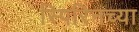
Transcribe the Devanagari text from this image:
स्पिरिनच्या